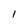
Character: l